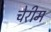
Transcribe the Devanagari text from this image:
चेरीम